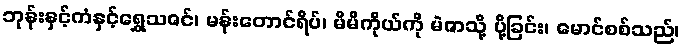
ဘုန်းနှင့်ကံနှင့်ရွှေသဇင်၊ မန်းတောင်ရိပ်၊ မိမိကိုယ်ကို မဲဇာသို့ ပို့ခြင်း၊ မောင်စစ်သည်၊